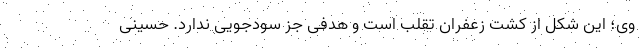
وی؛ این شکل از کشت زعفران تقلب است و هدفی جز سودجویی ندارد. حسینی